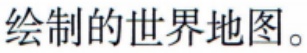
绘制的世界地图。